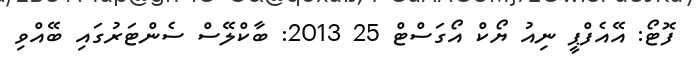
ފޮޓޯ: އޭއެފްޕީ ނިއު ޔޯކް އޯގަސްޓް 25 2013: ބާކްލޭސް ސެންޓަރުގައި ބޭއްވި